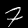
Label: 7